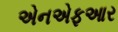
એનએફઆર